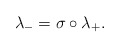
\begin{align*}\lambda_- = \sigma \circ \lambda_+. \end{align*}